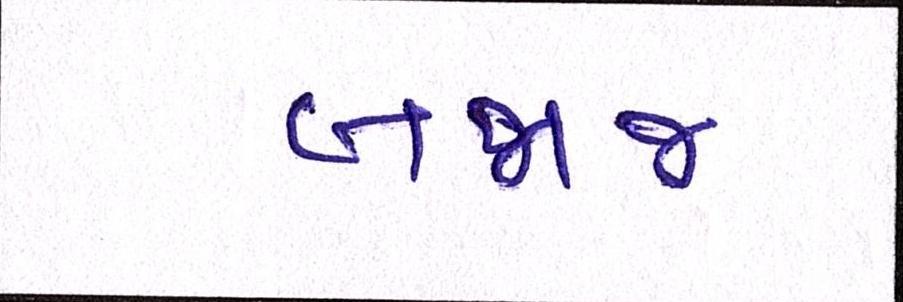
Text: બજાજ